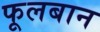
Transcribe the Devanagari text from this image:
फूलबान